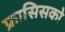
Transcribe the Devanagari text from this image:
फ्रासिसको